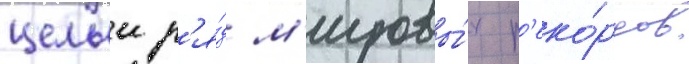
целыи р'я́д м'ировы́х р'еко́рдов